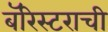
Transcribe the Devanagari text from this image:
बॅरिस्टराची